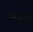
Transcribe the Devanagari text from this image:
निड्थौ